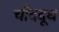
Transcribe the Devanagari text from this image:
चाँददूध